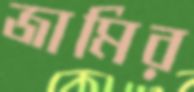
জামির